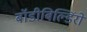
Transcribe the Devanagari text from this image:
बॉडीबिल्डिंरों